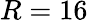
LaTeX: R=16